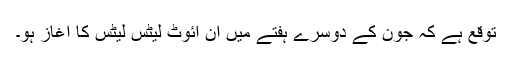
توقع ہے کہ جون کے دوسرے ہفتے میں ان آئوٹ لیٹس لیٹس کا آغاز ہو۔